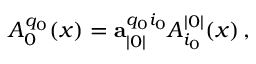
A _ { 0 } ^ { q _ { 0 } } ( x ) = \mathbf { a } _ { | 0 | } ^ { q _ { 0 } i _ { 0 } } A _ { i _ { 0 } } ^ { | 0 | } ( x ) \, ,